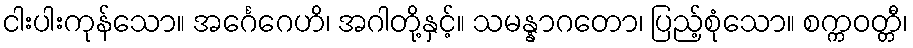
ငါးပါးကုန်သော။ အင်္ဂေဂေဟိ၊ အဂါတို့နှင့်။ သမန္နာဂတော၊ ပြည့်စုံသော။ စက္ကဝတ္တီ၊